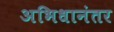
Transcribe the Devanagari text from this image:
अभिधानंतर